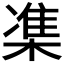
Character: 𪳙